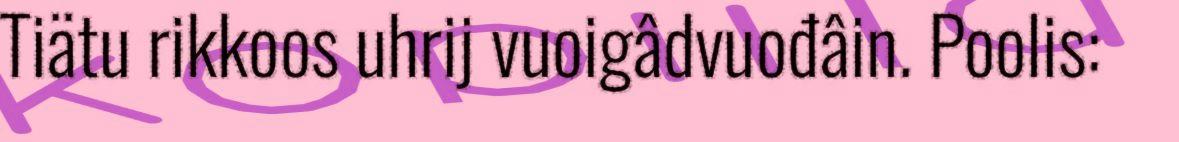
Tiätu rikkoos uhrij vuoigâdvuođâin. Poolis: